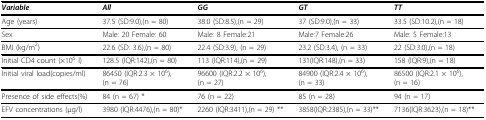
<table><thead><tr><td><b><i>Variable</i></b></td><td><b><i>All</i></b></td><td><b><i>GG </i></b></td><td><b><i>GT</i></b></td><td><b><i>TT</i></b></td></tr></thead><tbody><tr><td>Age (years)</td><td>37.5 (SD:9.0),(n = 80)</td><td>38.0 (SD:8.5),(n = 29)</td><td>37 (SD:9.0),(n = 33)</td><td>33.5 (SD:10.2),(n = 18)</td></tr><tr><td>Sex</td><td>Male: 20 Female: 60</td><td>Male: 8 Female:21</td><td>Male:7 Female:26</td><td>Male: 5 Female:13</td></tr><tr><td>BMI (kg/m<sup>2</sup>)</td><td>22.6 (SD: 3.6),(n = 80)</td><td>22.4 (SD:3.9), (n = 29)</td><td>23.2 (SD:3.4), (n = 33)</td><td>22 (SD:3.0),(n = 18)</td></tr><tr><td>Initial CD4 count (×10<sup>6 </sup>l)</td><td>128.5 (IQR:142),(n = 80)</td><td>113 (IQR:114),(n = 29)</td><td>131(IQR:148),(n = 33)</td><td>158 (IQR:9),(n = 18)</td></tr><tr><td>Initial viral load(copies/ml)</td><td>86450 (IQR:2.3 × 10<sup>6</sup>),(n = 76)</td><td>96600 (IQR:2.2 × 10<sup>6</sup>),(n = 27)</td><td>84900 (IQR:2.4 × 10<sup>6</sup>),(n = 33)</td><td>86500 (IQR:2.1 × 10<sup>6</sup>),(n = 16)</td></tr><tr><td>Presence of side effects(%)</td><td>84 (n = 67) *</td><td>76 (n = 22)</td><td>85 (n = 28)</td><td>94 (n = 17)</td></tr><tr><td>EFV concentrations (μg/l)</td><td>3980 (IQR:4476),(n = 80)*</td><td>2260 (IQR:3411),(n = 29) **</td><td>3858(IQR:2385),(n = 33)**</td><td>7136(IQR:3623),(n = 18)**</td></tr></tbody></table>